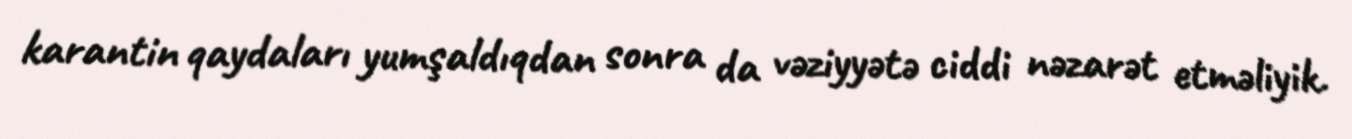
karantin qaydaları yumşaldıqdan sonra da vəziyyətə ciddi nəzarət etməliyik.